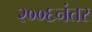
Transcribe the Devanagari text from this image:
२००६नंतर